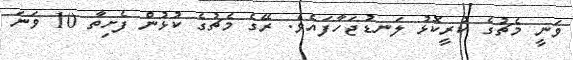
ވަނީ މެޗުގެ ކުރީކޮޅު ލަނޑުޖަހާފައެވެ. ރޭގެ މެޗުގެ ކުޅުން ފެށިތާ 10 ވަނަ